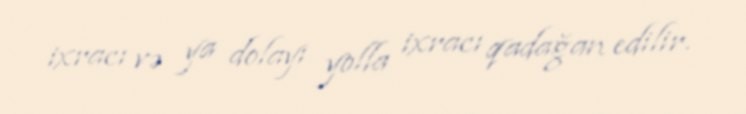
ixracı və ya dolayı yolla ixracı qadağan edilir.